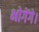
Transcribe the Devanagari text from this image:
भोगेंगे।